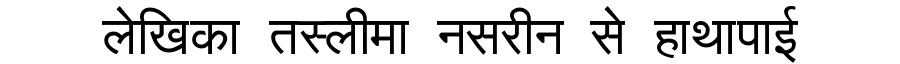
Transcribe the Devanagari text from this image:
लेखिका तस्लीमा नसरीन से हाथापाई